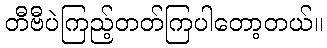
တီဗီပဲကြည့်တတ်ကြပါတော့တယ်။